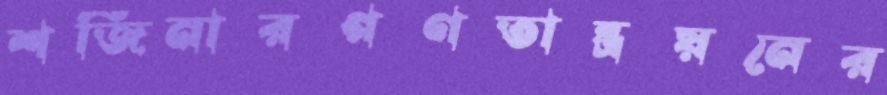
শজিনারগণতান্ত্রয়নের